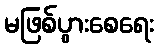
မဖြစ်ပွားစေရေး